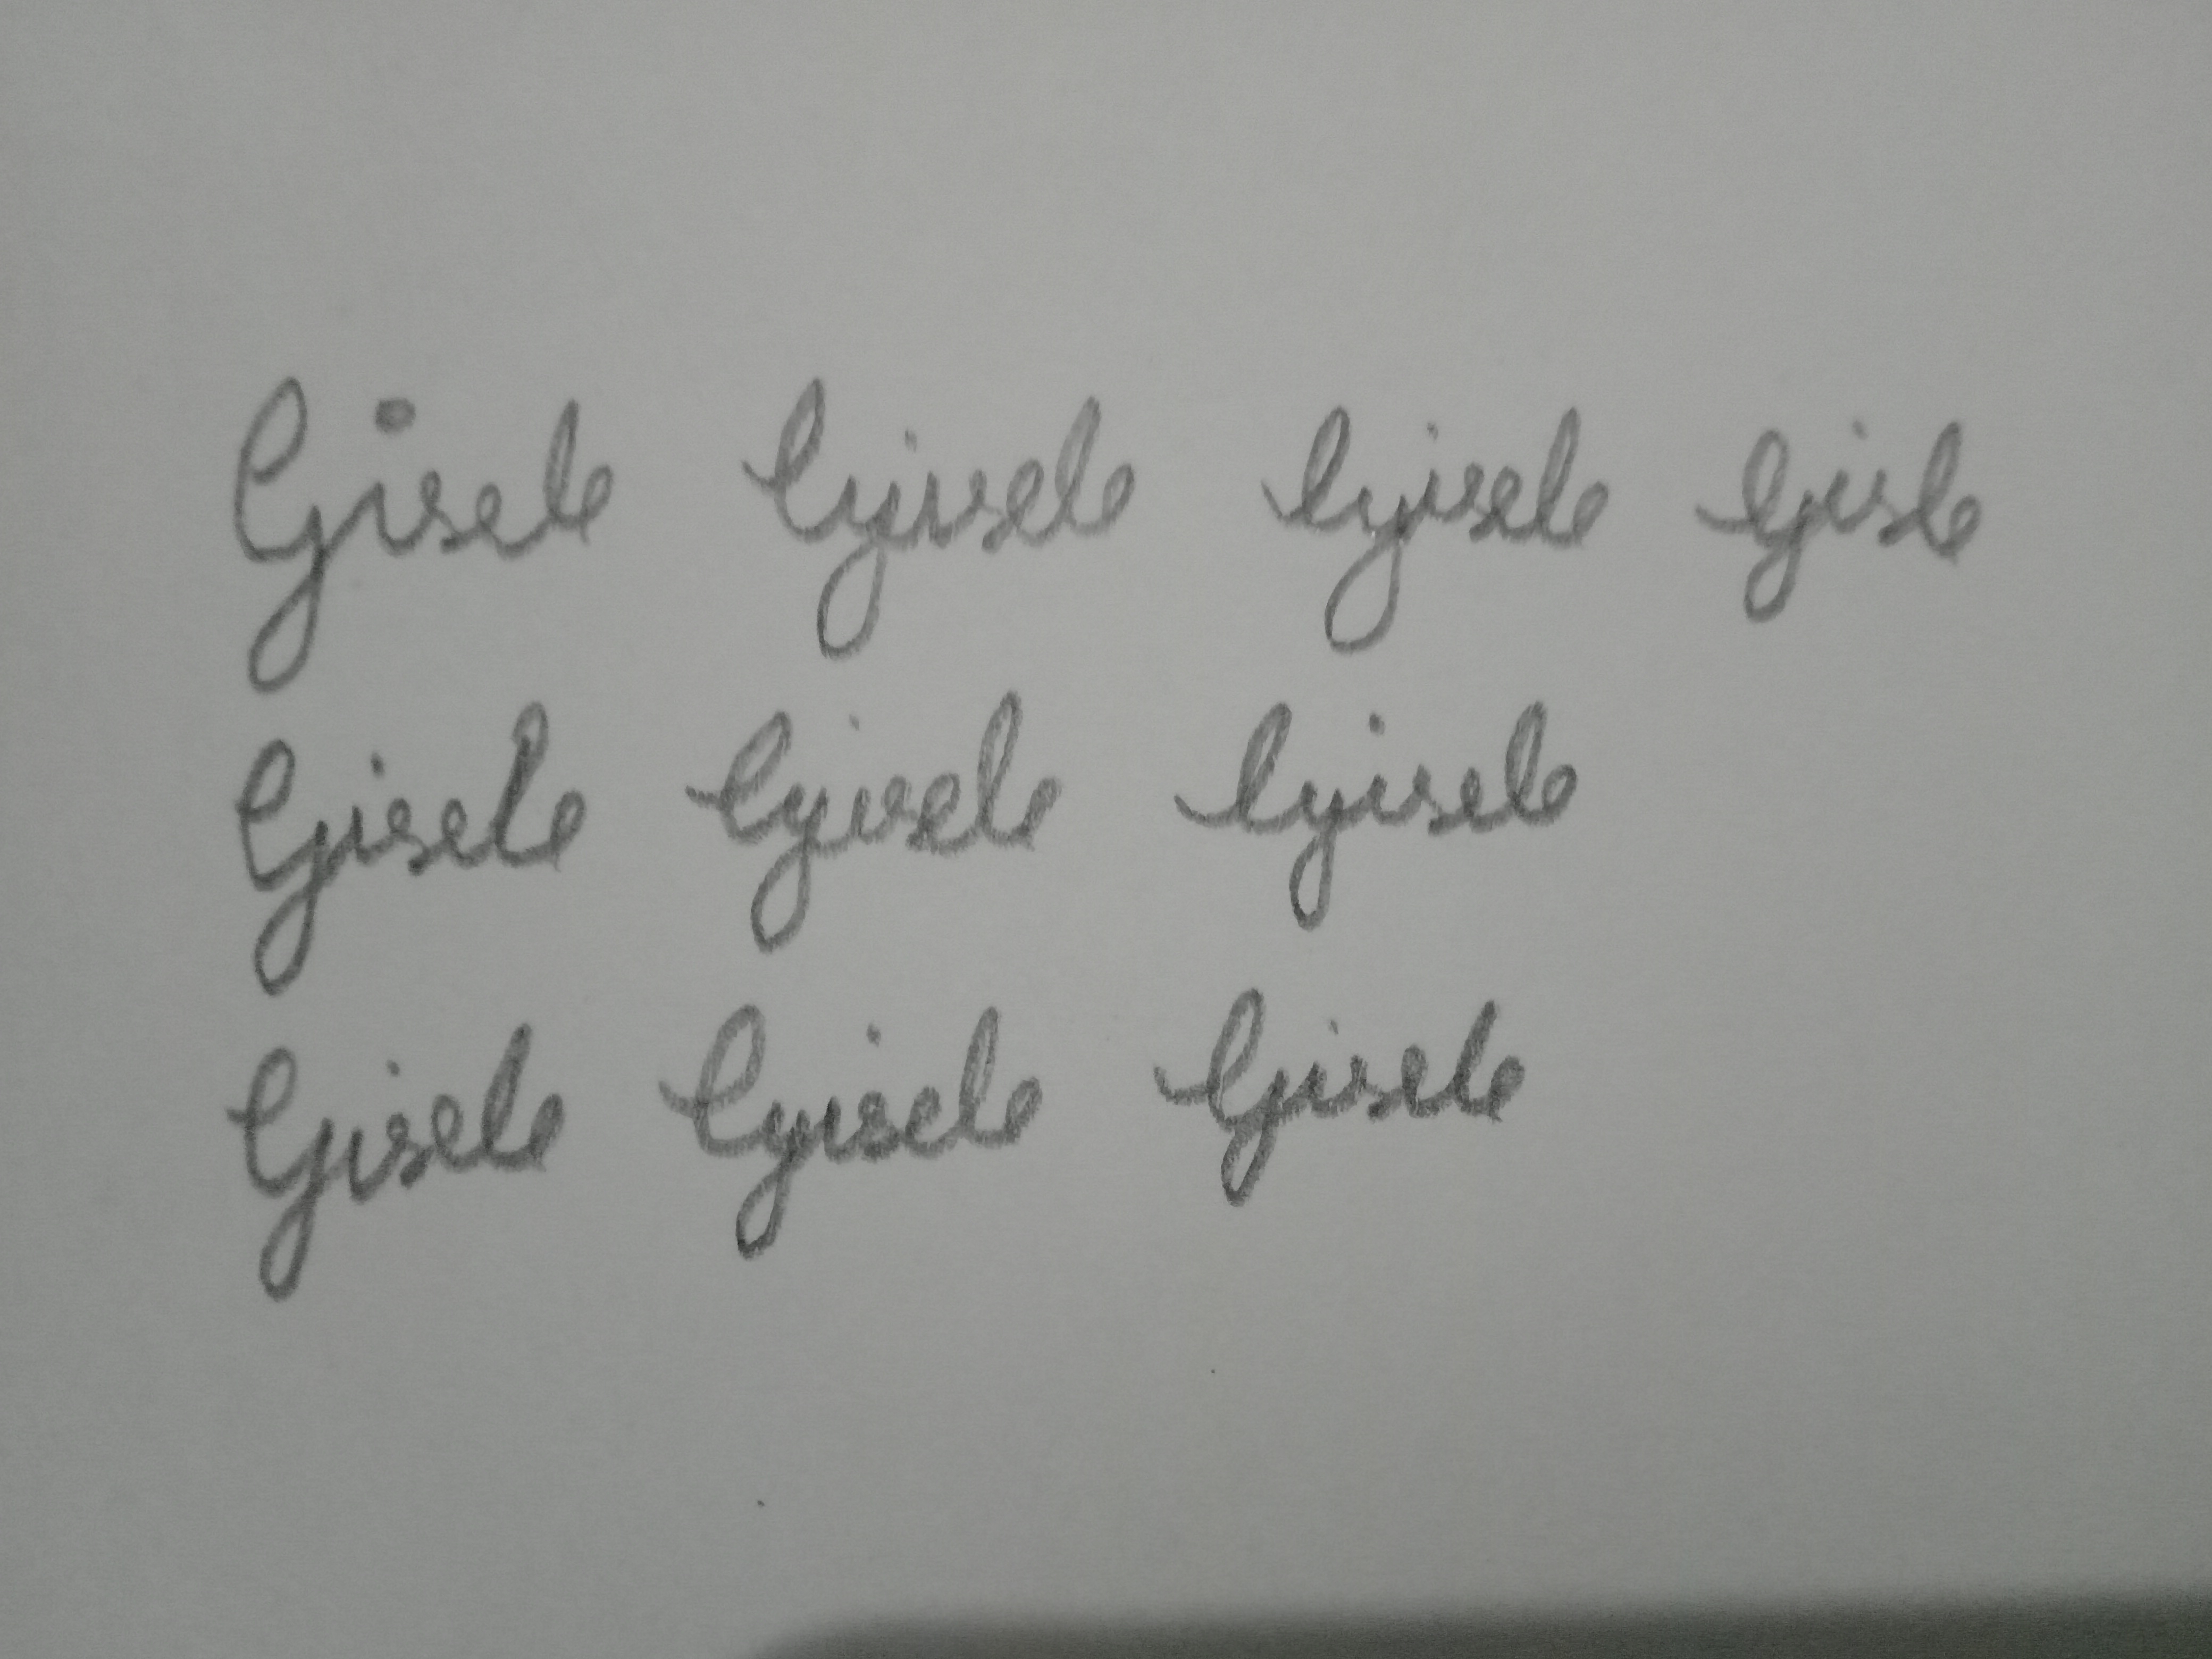
Signature authenticity: forged